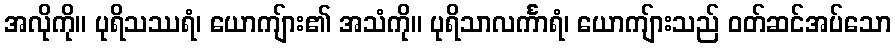
အလိုကို။ ပုရိသဿရံ၊ ယောကျ်ား၏ အသံကို။ ပုရိသာလင်္ကာရံ၊ ယောကျ်ားသည် ဝတ်ဆင်အပ်သော